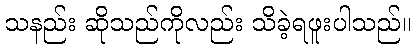
သနည်း ဆိုသည်ကိုလည်း သိခဲ့ရဖူးပါသည်။